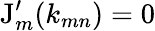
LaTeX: \mathrm{J}_{m}^{\prime}(k_{mn})=0